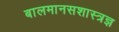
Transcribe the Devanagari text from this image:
बालमानसशास्त्रज्ञ